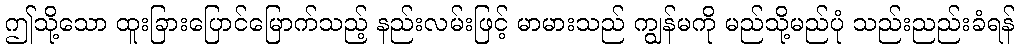
ဤသို့သော ထူးခြားပြောင်မြောက်သည့် နည်းလမ်းဖြင့် မာမားသည် ကျွန်မကို မည်သို့မည်ပုံ သည်းညည်းခံရန်